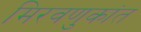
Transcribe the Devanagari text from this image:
मिरवणुकांत